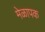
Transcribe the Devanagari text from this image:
मेळापक